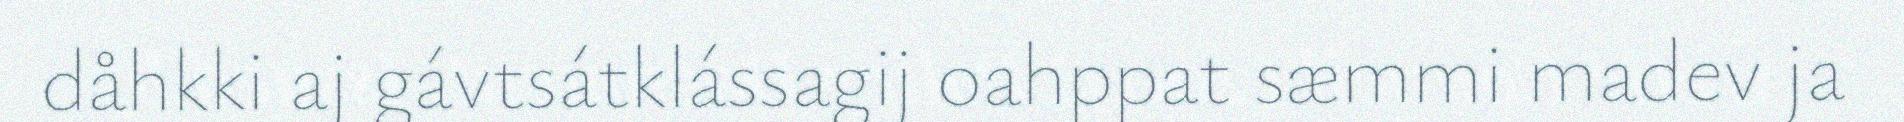
dåhkki aj gávtsátklássagij oahppat sæmmi madev ja